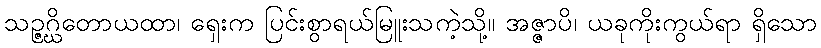
သဉ္ဇဂ္ဃိတောယထာ၊ ရှေးက ပြင်းစွာရယ်မြူးသကဲ့သို့။ အဇ္ဇာပိ၊ ယခုကိုးကွယ်ရာ ရှိသော